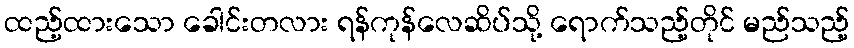
ထည့်ထားသော ခေါင်းတလား ရန်ကုန်လေဆိပ်သို့ ရောက်သည့်တိုင် မည်သည့်